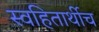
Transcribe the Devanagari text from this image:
स्वहितार्थीच